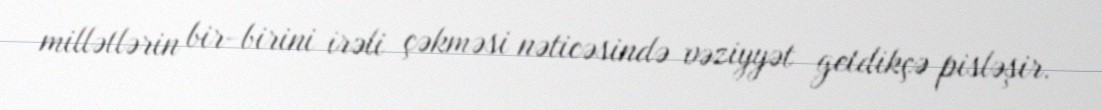
millətlərin bir-birini irəli çəkməsi nəticəsində vəziyyət getdikçə pisləşir.